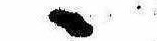
ゝ